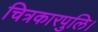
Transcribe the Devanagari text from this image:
चित्रकारपुलि।